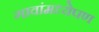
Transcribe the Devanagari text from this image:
गावांमध्येपण